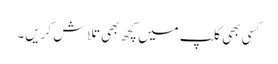
کسی بھی کلپ میں کچھ بھی تلاش کریں۔